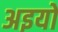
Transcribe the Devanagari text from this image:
अइयो